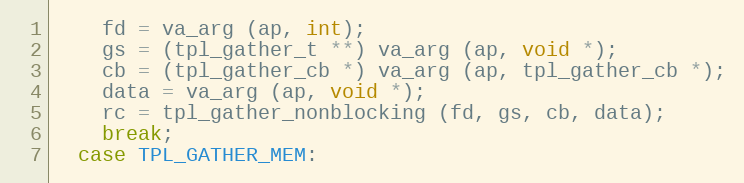
Language: C
    fd = va_arg (ap, int);
    gs = (tpl_gather_t **) va_arg (ap, void *);
    cb = (tpl_gather_cb *) va_arg (ap, tpl_gather_cb *);
    data = va_arg (ap, void *);
    rc = tpl_gather_nonblocking (fd, gs, cb, data);
    break;
  case TPL_GATHER_MEM: